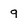
Character: 9